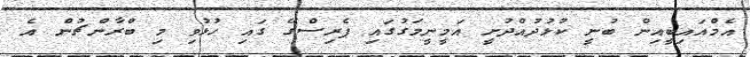
އެމްއައިބީއިން ބުނީ ކުޅުދުއްދުށީ އަމީނީމަގުގައި ޕެރިސްގޭ ގައި ހުޅުވި މި ބްރާންޗުން އެ